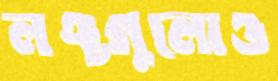
লঞ্চগুলোও